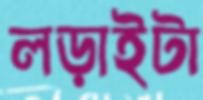
লড়াইটা